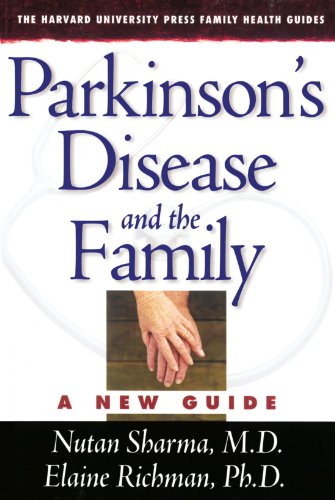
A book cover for Parkinson's Disease and the Family: A New Guide (The Harvard University Press Family Health Guides); Nutan Sharma M.D.; Parenting & Relationships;